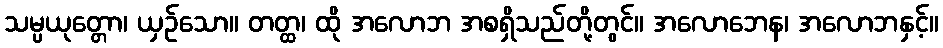
သမ္ပယုတ္တော၊ ယှဉ်သော။ တတ္ထ၊ ထို အလောဘ အစရှိသည်တို့တွင်။ အလောဘေန၊ အလောဘနှင့်။